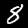
Label: 8